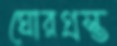
ঘোরগ্রস্ত